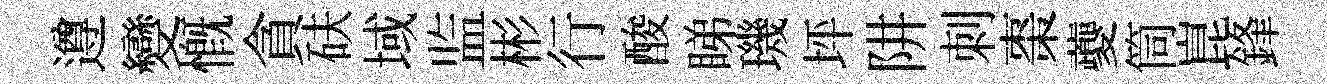
遵變慨貪砆域监彬行酸睇璣坪阱刺棗夔筒崑鋒